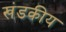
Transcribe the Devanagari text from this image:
खंडकीय